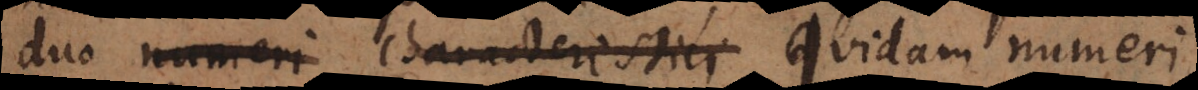
duo numeri characteristici quidam numeri